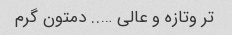
تر وتازه و عالی ….. دمتون گرم